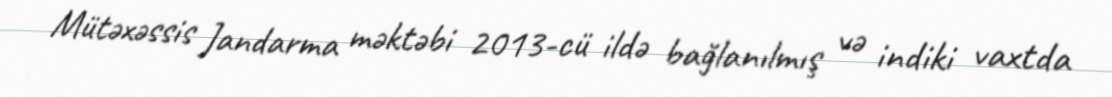
Mütəxəssis Jandarma məktəbi 2013-cü ildə bağlanılmış və indiki vaxtda